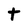
Character: t